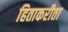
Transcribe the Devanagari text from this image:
हिताकरीता